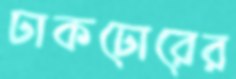
ঢাকঢোরের